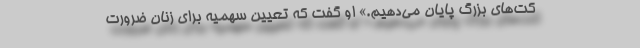
کت‌های بزرگ پایان می‌دهیم.» او گفت که تعیین سهمیه برای زنان ضرورت